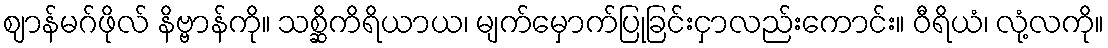
ဈာန်မဂ်ဖိုလ် နိဗ္ဗာန်ကို။ သစ္ဆိကိရိယာယ၊ မျက်မှောက်ပြုခြင်းငှာလည်းကောင်း။ ဝီရိယံ၊ လုံ့လကို။